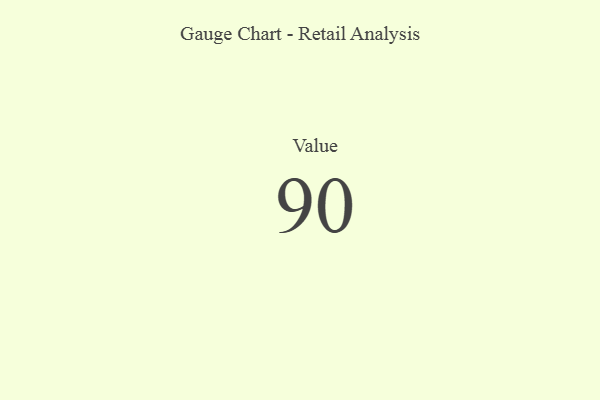
{"axis": {"x": "Metric", "y": "Value"}, "legend": [""], "data": [{"x": "Value", "y": 90, "type": ""}]}